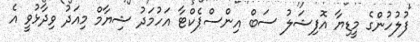
ފުލުހުންގެ މީޑިޔާ އޮފިޝަލު ސަބް އިންސްޕެކްޓާ އަހުމަދު ޝިޔާމް މިއަދު ވިދާޅުވީ އެ